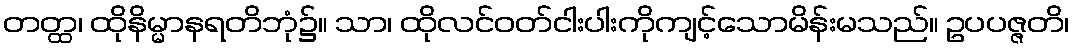
တတ္ထ၊ ထိုနိမ္မာနရတိဘုံ၌။ သာ၊ ထိုလင်ဝတ်ငါးပါးကိုကျင့်သောမိန်းမသည်။ ဥပပဇ္ဇတိ၊